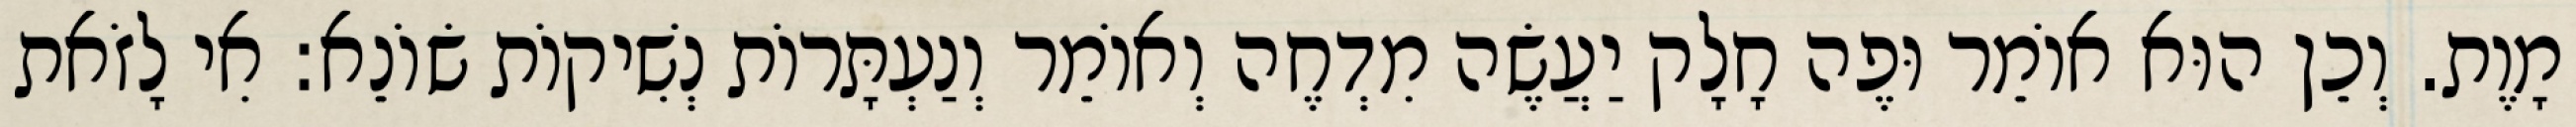
מָוֶת. וְכֵן הוּא אוֹמֵר וּפֶה חָלָק יַעֲשֶׂה מִדְחֶה וְאוֹמֵר וְנַעְתָּרוֹת נְשִׁיקוֹת שׂוֹנֵא: אִי לָזֹאת